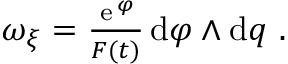
\begin{array} { r } { \omega _ { \xi } = \frac { { \, \mathrm e } \, ^ { \varphi } } { F ( t ) } \, \mathrm { d } \varphi \wedge \mathrm { d } q \ . } \end{array}